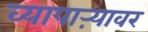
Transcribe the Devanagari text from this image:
व्यापाऱ्यावर